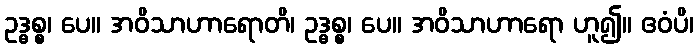
ဥဒ္ဓစ္စ၊ ပေ။ အဝိသာဟာရောတိ၊ ဥဒ္ဓစ္စ၊ ပေ။ အဝိသာဟာရော ဟူ၍။ ဧဝံပိ၊